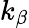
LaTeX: k_{\beta}